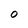
Character: O